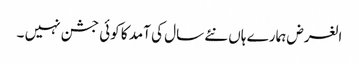
الغرض ہمارے ہاں نئے سال کی آمد کا کوئی جشن نہیں ۔